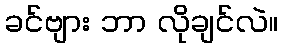
ခင်ဗျား ဘာ လိုချင်လဲ။